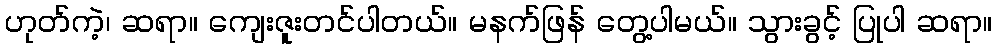
ဟုတ်ကဲ့၊ ဆရာ။ ကျေးဇူးတင်ပါတယ်။ မနက်ဖြန် တွေ့ပါမယ်။ သွားခွင့် ပြုပါ ဆရာ။